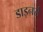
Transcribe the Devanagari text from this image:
डाइनर्स